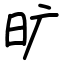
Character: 旷